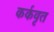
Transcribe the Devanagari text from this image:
कर्कवृत